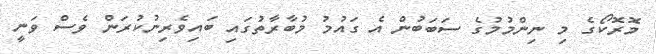
މޮރޮކޯގެ މި ނިންމުމުގެ ސަބަބުން އެ ގައުމު މުބާރާތުގައި ބައިވެރިނުކުރަން ވެސް ވަނީ